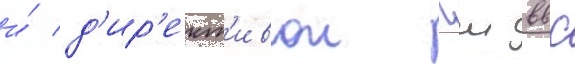
и́ д'ир'ект'ивои гш ввс